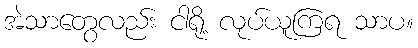
အဲသာတွေလည်း ငါရို့ လုပ်ယူကြရ သာပ။